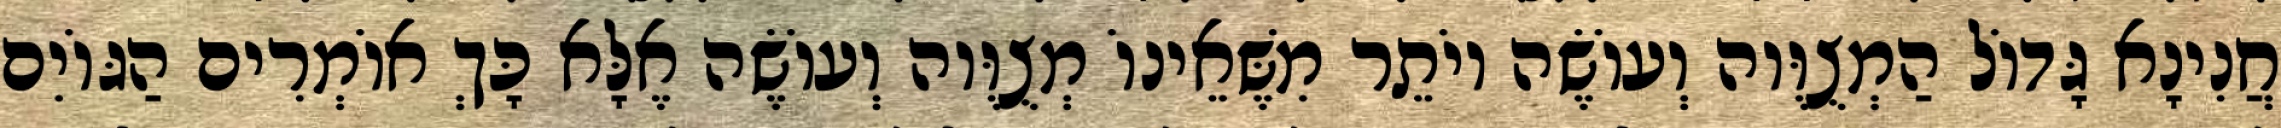
חֲנִינָא גָּדוֹל הַמְצֻוֶּוה וְעוֹשֶׂה יוֹתֵר מִשֶּׁאֵינוֹ מְצֻוֶּוה וְעוֹשֶׂה אֶלָּא כָּךְ אוֹמְרִים הַגּוֹיִם